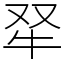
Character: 𤘩